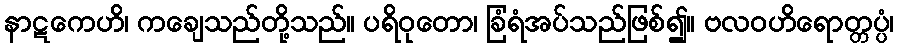
နာဋကေဟိ၊ ကချေသည်တို့သည်။ ပရိဝုတော၊ ခြံရံအပ်သည်ဖြစ်၍။ ဗလဝဟိရောတ္တပ္ပံ၊